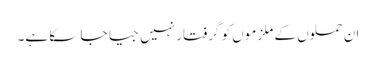
ان حملوں کے ملزموں کو گرفتار نہیں جیا جا سکا ہے۔